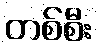
တစ်စီး